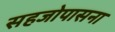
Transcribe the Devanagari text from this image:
सहजोपासना